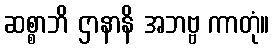
ဆစ္စာဘိ ဌာနာနိ အဘဗ္ဗ ကာတုံ။